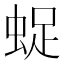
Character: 𧋥